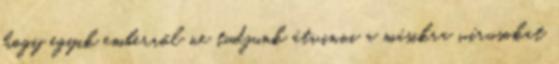
hogy egyik emberről ne tudjunk átvinni a másikra vírusokat